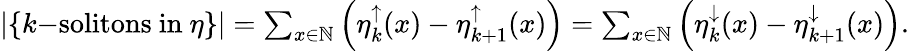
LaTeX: \begin{array}{r}{\left|\left\{ k\mathrm{-solitons~in~}\eta\right\} \right|=\sum_{x\in{\mathbb{N}}}\left(\eta_{k}^{\uparrow}(x)-\eta_{k+1}^{\uparrow}(x)\right)=\sum_{x\in{\mathbb{N}}}\left(\eta_{k}^{\downarrow}(x)-\eta_{k+1}^{\downarrow}(x)\right).}\end{array}